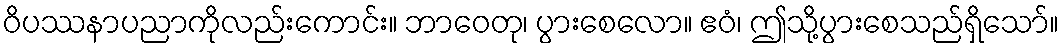
ဝိပဿနာပညာကိုလည်းကောင်း။ ဘာဝေတု၊ ပွားစေလော။ ဧဝံ၊ ဤသို့ပွားစေသည်ရှိသော်။